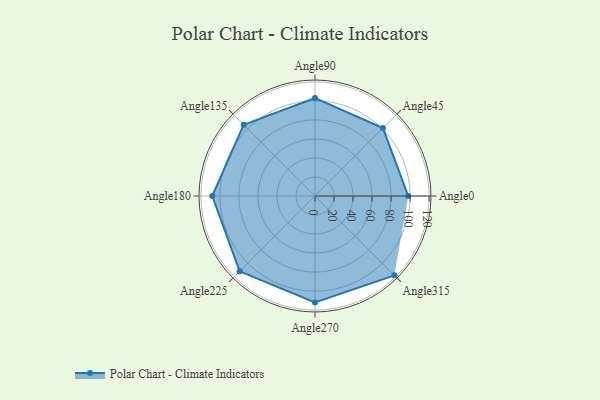
{"axis": {"x": "Angle", "y": "Radius"}, "legend": [""], "data": [{"x": "Angle0", "y": 98.0, "type": ""}, {"x": "Angle45", "y": 101.0, "type": ""}, {"x": "Angle90", "y": 103.0, "type": ""}, {"x": "Angle135", "y": 106.0, "type": ""}, {"x": "Angle180", "y": 108.0, "type": ""}, {"x": "Angle225", "y": 112.0, "type": ""}, {"x": "Angle270", "y": 112.0, "type": ""}, {"x": "Angle315", "y": 118.0, "type": ""}]}